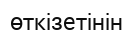
өткізетінін